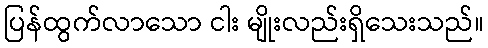
ပြန်ထွက်လာသော ငါး မျိုးလည်းရှိသေးသည်။